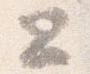
公